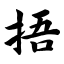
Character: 捂